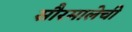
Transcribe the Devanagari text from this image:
सौरमालेची